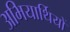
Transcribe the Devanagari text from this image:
अभियार्थियों